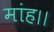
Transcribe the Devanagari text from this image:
मांह।।